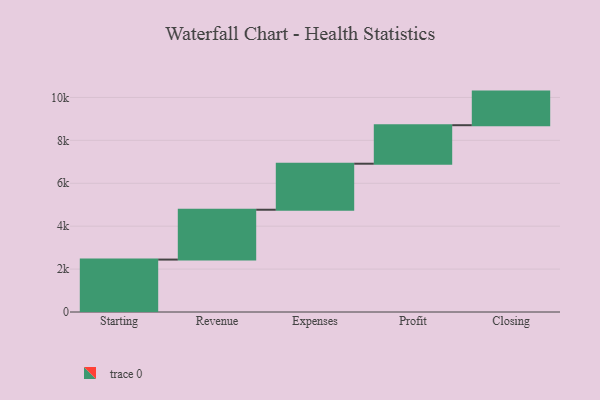
{"axis": {"x": "Step", "y": "Value"}, "legend": [""], "data": [{"x": "Starting", "y": 2443.0, "type": ""}, {"x": "Revenue", "y": 2323.0, "type": ""}, {"x": "Expenses", "y": 2145.0, "type": ""}, {"x": "Profit", "y": 1795.0, "type": ""}, {"x": "Closing", "y": 1566.0, "type": ""}]}